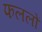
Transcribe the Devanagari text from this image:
फललों